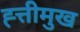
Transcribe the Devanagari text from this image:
ह्त्तीमुख